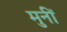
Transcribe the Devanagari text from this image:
मुनीं